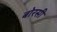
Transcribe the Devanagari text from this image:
बोरसी